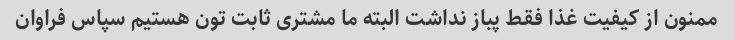
ممنون از کیفیت غذا فقط پباز نداشت البته ما مشتری ثابت تون هستیم سپاس فراوان